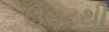
ઉલટથી